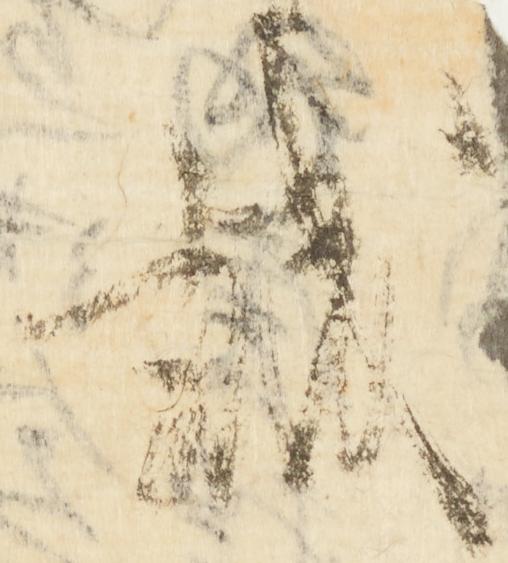
誠